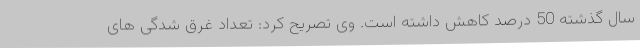
سال گذشته 50 درصد کاهش داشته است. وی تصریح کرد: تعداد غرق شدگی های